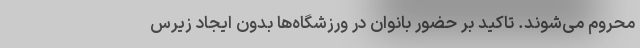
محروم می‌شوند. تاکید بر حضور بانوان در ورزشگاه‌ها بدون ایجاد زیرس